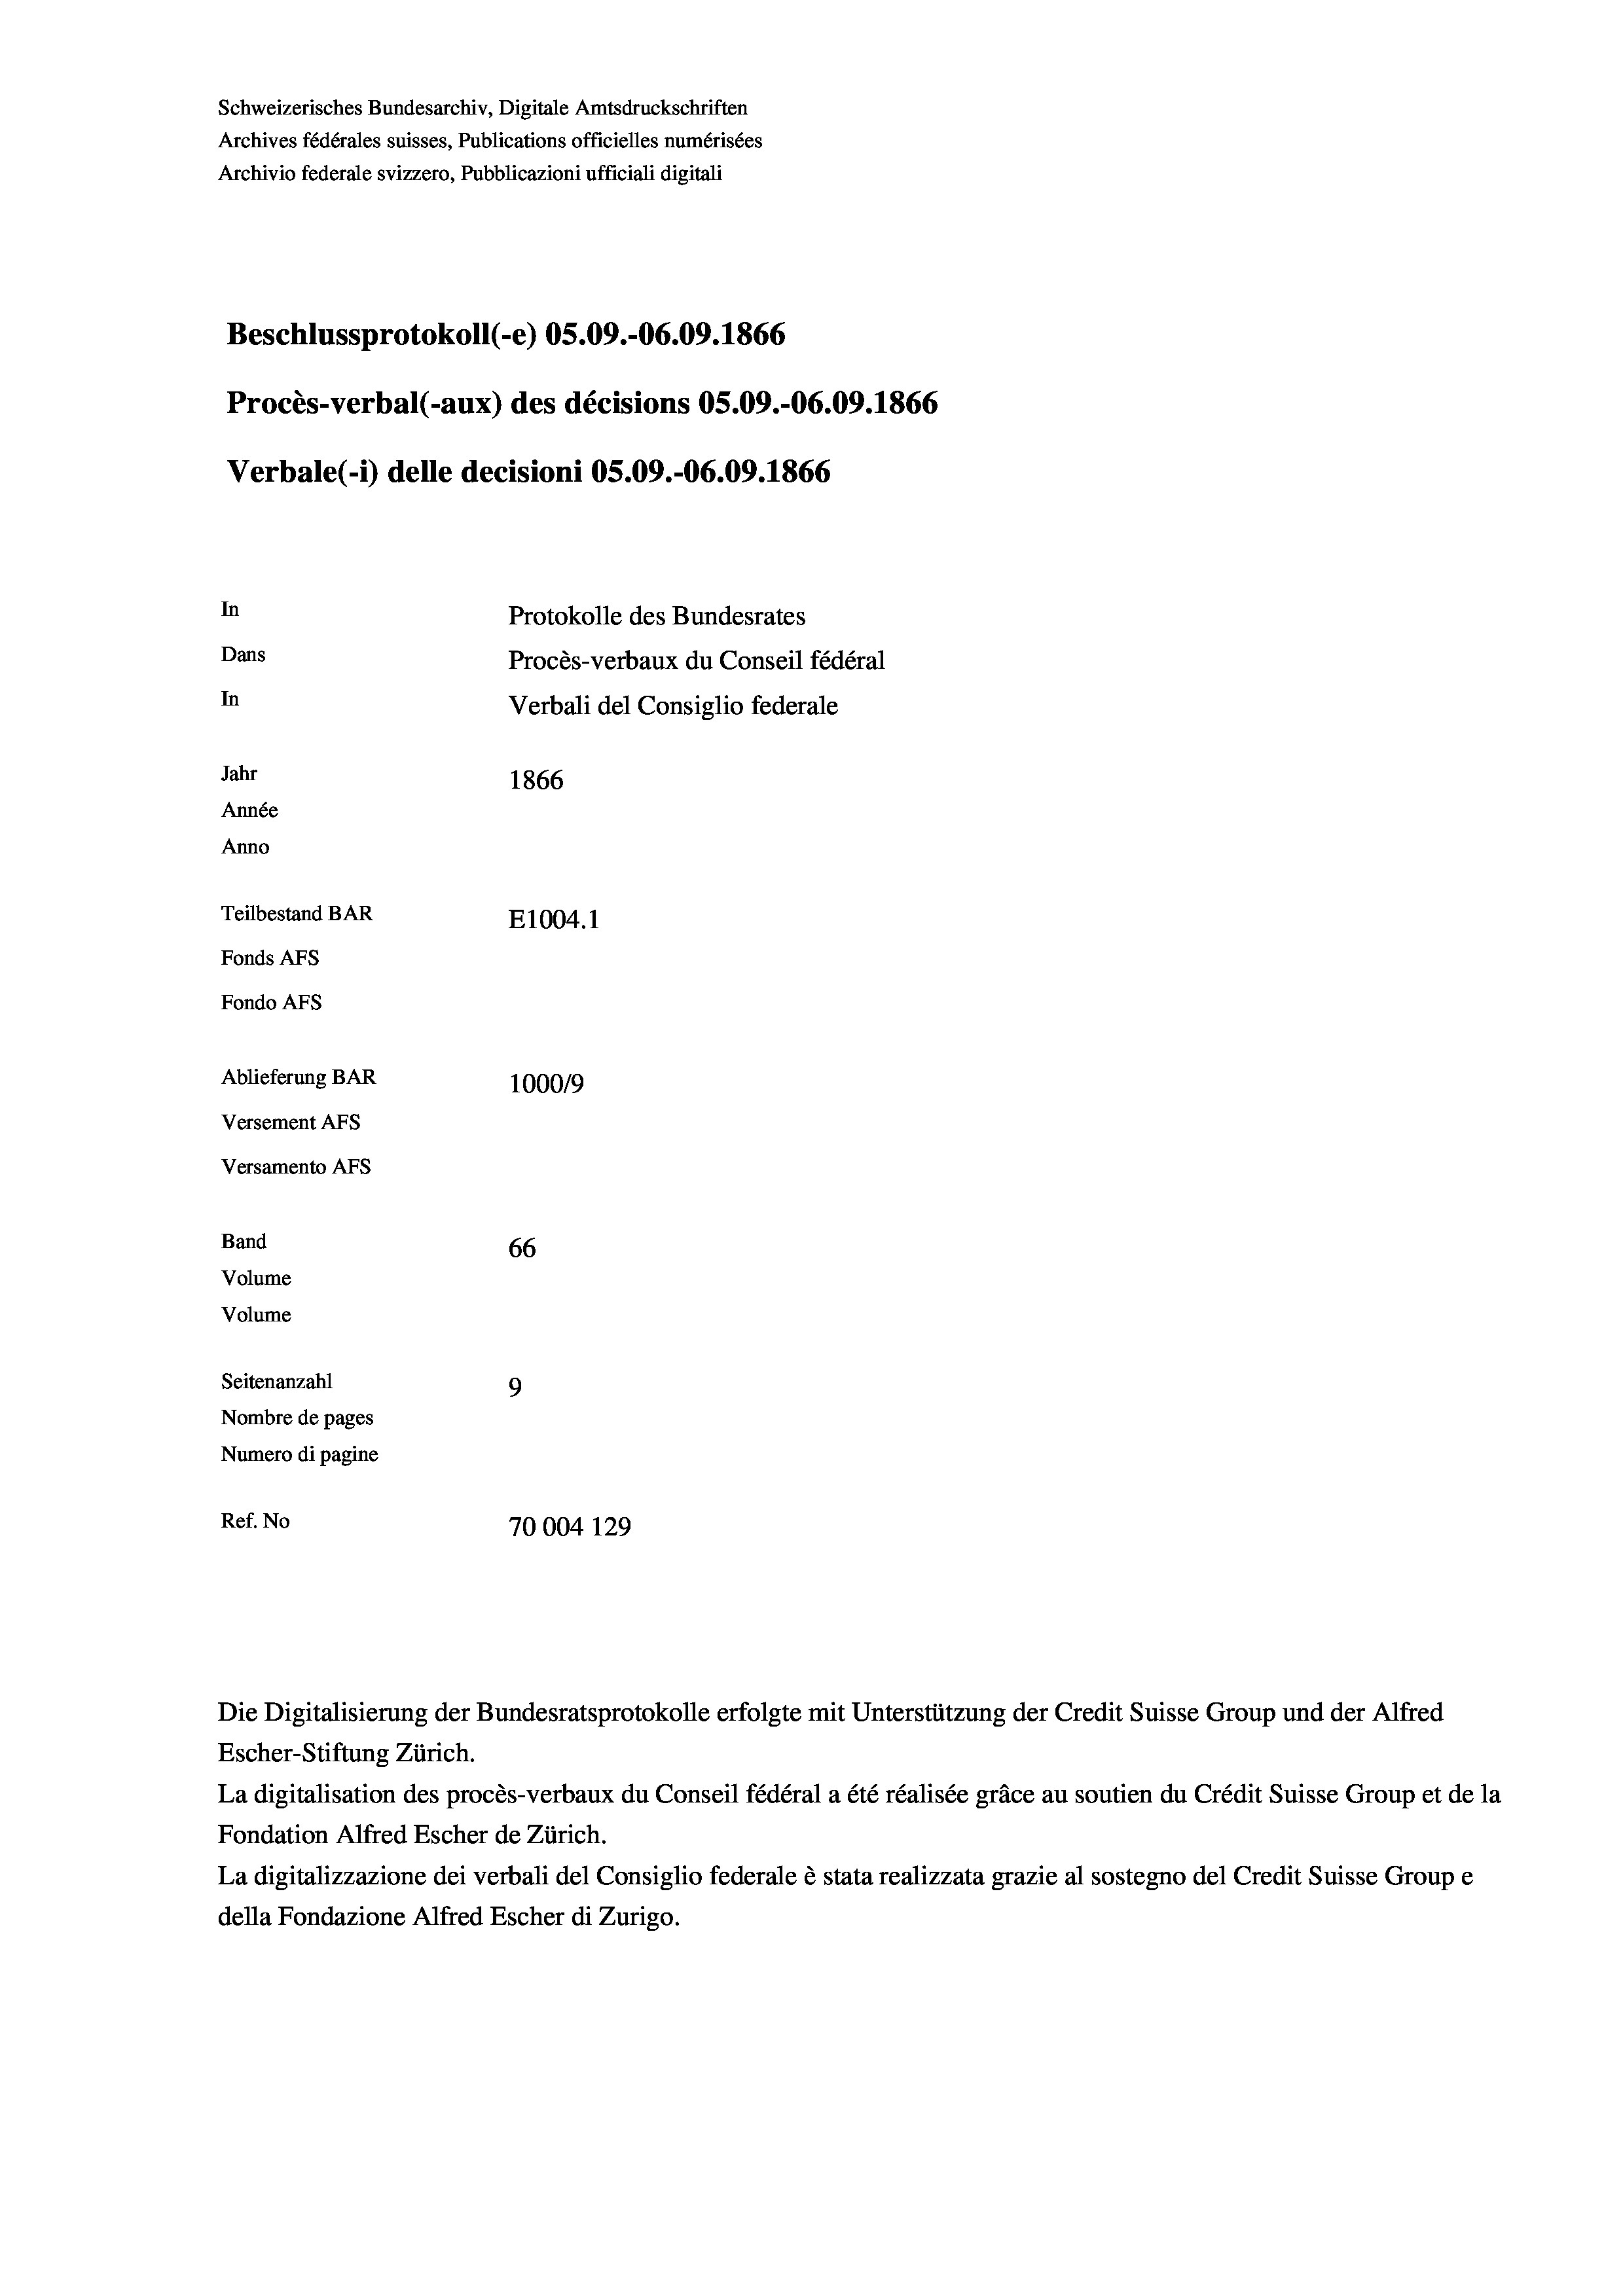
Schweizerisches Bundesarchiv, Digitale Amtsdruckschriften
Archives fédérales suisses, Publications officielles numérisées
Archivio federale svizzero, Pubblicazioni ufficiali digitali
Beschlussprotokoll (-e) OS.09.-06.09. 1866
Procès-verbal (-aux) des décisions OS.09.-06.09. 1866
Verbale (- 1) delle decisioni OS.09.-06.09. 1866
In
Protokolle des Bundesrates
Dans
Procès-verbaux du Conseil fédéral
In
Verbali del Consiglio federale
Jahr
1866
Année
Anno
Teilbestand BAR
E1004. 1
Fonds AFs
Fondo AFs
Ablieferung BAR
100019
Versement AFs

66
Seitenanzahl
9
Nombre de pages
Numero di pagine
Ref. No
70004 129

Versamento AFs
Band
Volume
Volume

Escher-Stiftung Zürich.
La digitalisation des procès-verbaux du Conseil fédéral a été réalisée gräce au soutien du Crédit Suisse Group et de la
Fondation Alfred Escher de Zürich.
La digitalizzazione dei verbali del Consiglio federale è stata realizzata grazie al sostegno del Credit Suisse Groupe
della Fondazione Alfred Escher di Zurigo.

Die Digitalisierung der Bundesratsprotokolle erfolgte mit Unterstützung der Credit Suisse Group und der Alfred